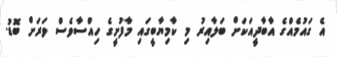
އެ ގައުމެއްގެ އާބާދީއަކަށް ބަލާއިރު މި ކާމިޔާބީގައި މާފުށީގެ ހިއްސާވެސް ވަރަށް ބޮޑު.